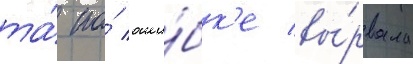
та́ по́ оши́бк'е вы́рвала